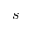
s